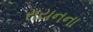
રાયનના